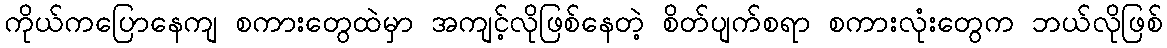
ကိုယ်ကပြောနေကျ စကားတွေထဲမှာ အကျင့်လိုဖြစ်နေတဲ့ စိတ်ပျက်စရာ စကားလုံးတွေက ဘယ်လိုဖြစ်